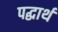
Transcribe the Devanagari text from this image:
पद्धार्थ